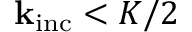
\mathbf { k } _ { \mathrm { i n c } } < K / 2